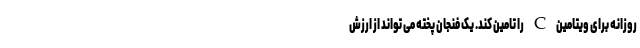
روزانه برای ویتامین C را تامین کند. یک فنجان پخته می تواند از ارزش